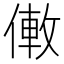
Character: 僌